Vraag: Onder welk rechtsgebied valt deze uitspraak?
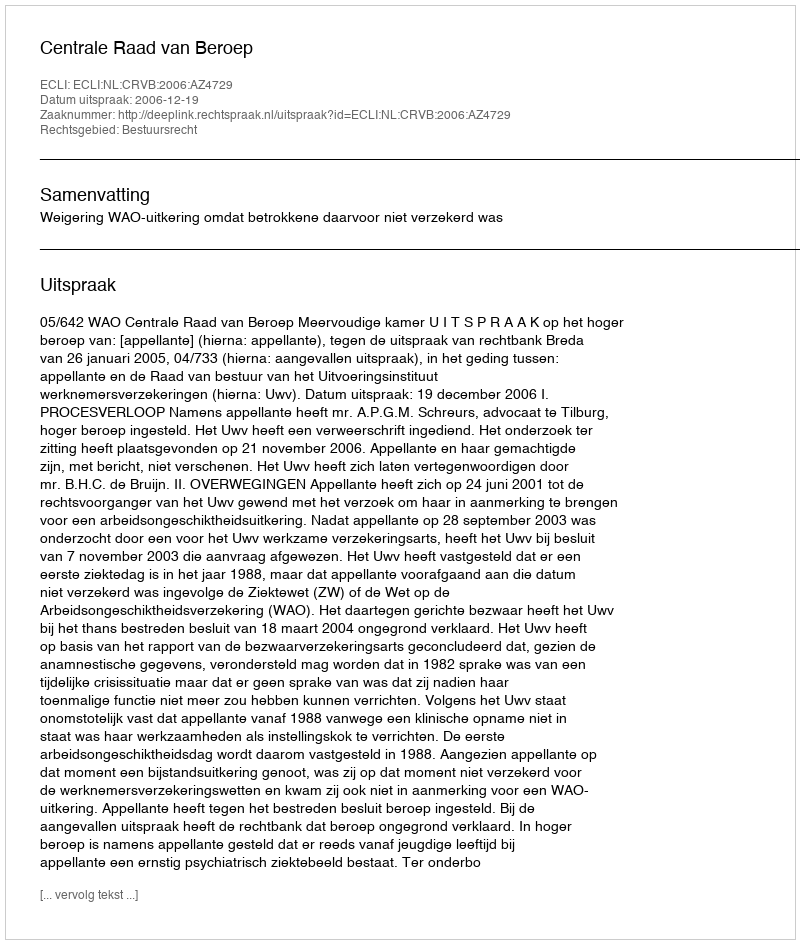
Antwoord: Bestuursrecht